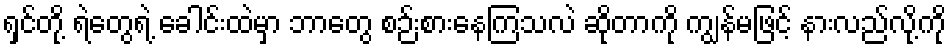
ရှင်တို့ ရဲတွေရဲ့ ခေါင်းထဲမှာ ဘာတွေ စဉ်းစားနေကြသလဲ ဆိုတာကို ကျွန်မဖြင့် နားလည်လို့ကို